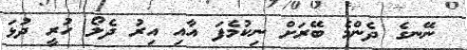
ނޭނގެ ދެންމެ ބޭރަށް ނިކުމެފަ އާއި އިރު ދެލޯ ހުރީ ދުޅަ